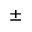
\pm